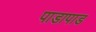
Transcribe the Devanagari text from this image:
पाडापाड